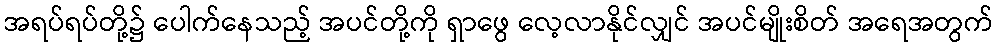
အရပ်ရပ်တို့၌ ပေါက်နေသည့် အပင်တို့ကို ရှာဖွေ လေ့လာနိုင်လျှင် အပင်မျိုးစိတ် အရေအတွက်